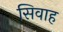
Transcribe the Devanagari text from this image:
सिवाह